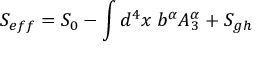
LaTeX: S _ { e f f } = S _ { 0 } - \int d ^ { 4 } x \; b ^ { \alpha } A _ { 3 } ^ { \alpha } + S _ { g h }